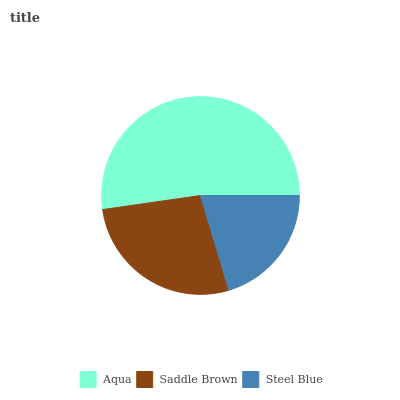
| Aqua | Saddle Brown | Steel Blue |
 | --- | --- | --- |
 | 52.2% | 27.4% | 20.4% |